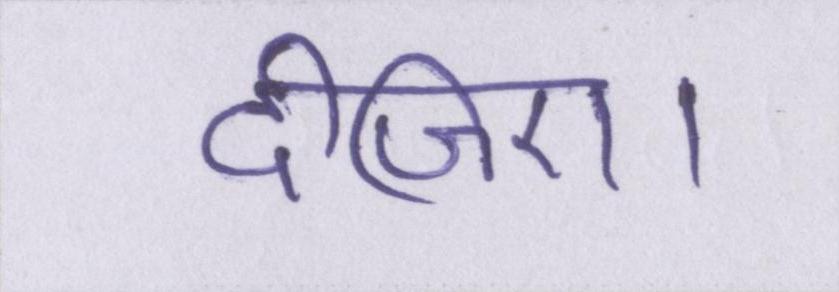
दीजिए।